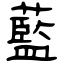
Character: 藍